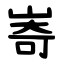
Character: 㟢